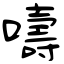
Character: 嚋